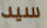
سيد